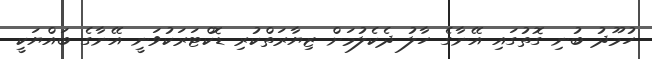
ހުމޫދު ބުނި ގޮތުގައި އޭނާގެ ހާލު ދެކެލުމަށް ޒިޔާރަތްކުރި ޑޮކްޓަރަކުވަނީ އޭނާގެ ބައްޔަކީ